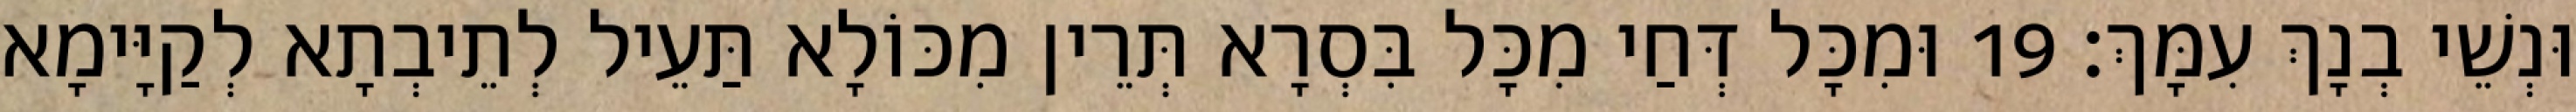
וּנְשֵׁי בְנָךְ עִמָּךְ׃ 19 וּמִכָּל דְּחַי מִכָּל בִּסְרָא תְּרֵין מִכּוֹלָא תַּעֵיל לְתֵיבְתָא לְקַיָּימָא